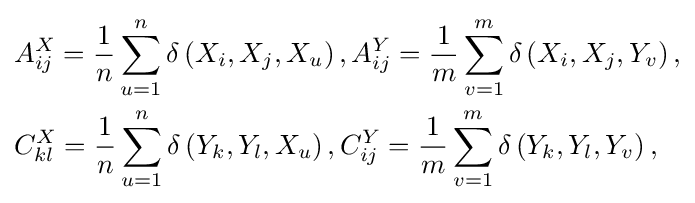
{\begin{aligned}&A_{ij}^{X}={\frac {1}{n}}\sum _{u=1}^{n}\delta \left(X_{i},X_{j},X_{u}\right),A_{ij}^{Y}={\frac {1}{m}}\sum _{v=1}^{m}\delta \left(X_{i},X_{j},Y_{v}\right),\\&C_{kl}^{X}={\frac {1}{n}}\sum _{u=1}^{n}\delta \left(Y_{k},Y_{l},X_{u}\right),C_{ij}^{Y}={\frac {1}{m}}\sum _{v=1}^{m}\delta \left(Y_{k},Y_{l},Y_{v}\right),\end{aligned}}